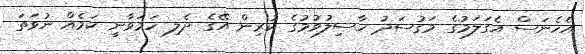
އެހެނަސް އެގަލަމުގެ މަގުސަދު ހާސިލުވުމުގެ ކުރިން އޭގެ ދެލި ހަމަވާނީ ކަމެއް ނުވަތަ